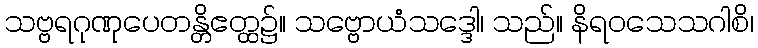
သဗ္ဗရဂုဏုပေတန္တိဧတ္ထ၌။ သဗ္ဗောယံသဒ္ဒေါ၊ သည်။ နိရဝသေသဂါစိ၊